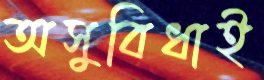
অসুবিধাই